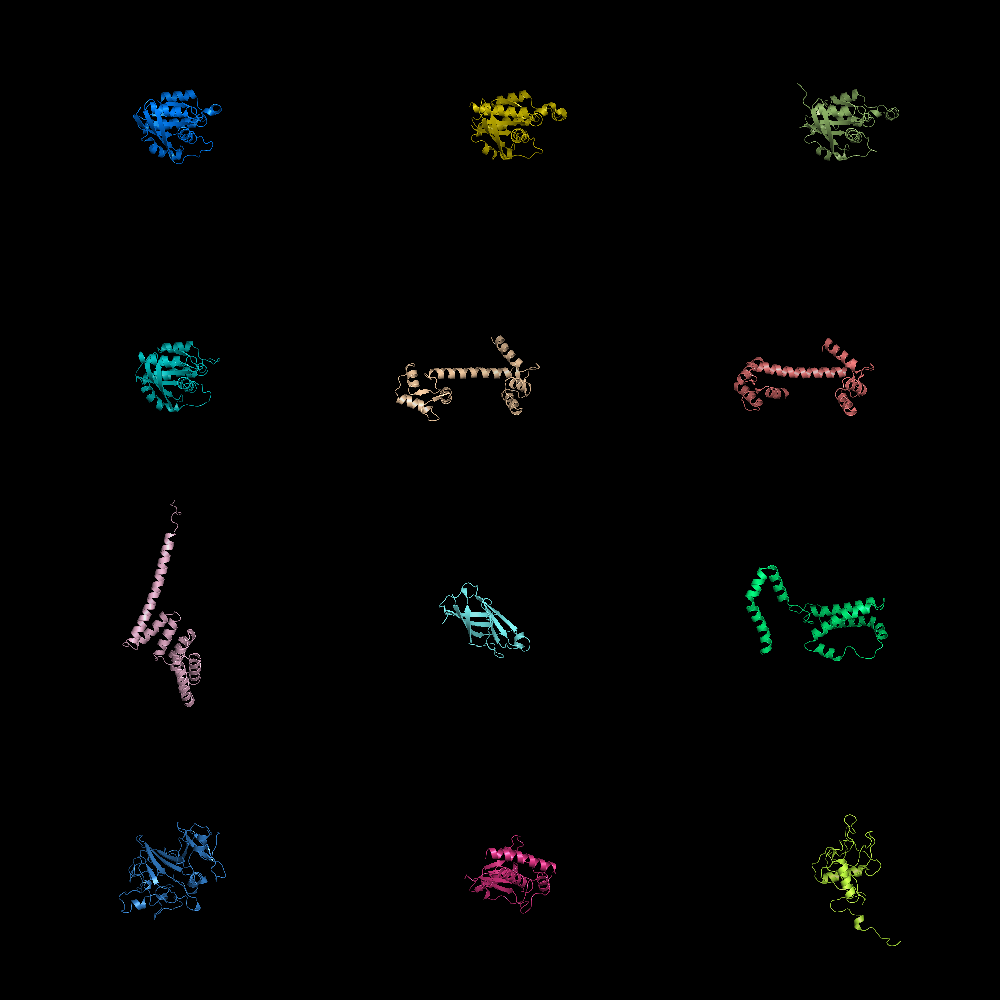
pymol, grid mode